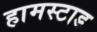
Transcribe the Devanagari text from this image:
हामस्टाड